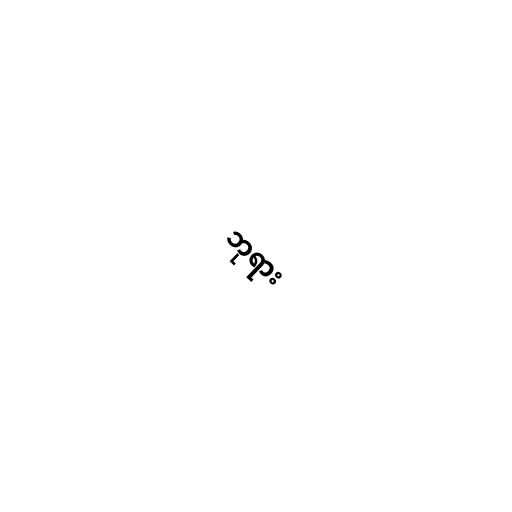
ဘုရား